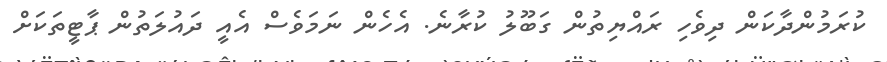
ކުރަމުންދާކަން ދިވެހި ރައްޔިތުން ގަބޫލު ކުރާނެ. އެހެން ނަމަވެސް އެއީ ދައުލަތުން ޕާޓީތަކަށް